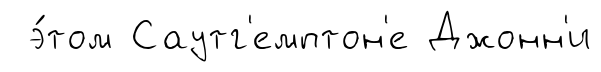
э́том Саутг'емптон'е Джонн'и